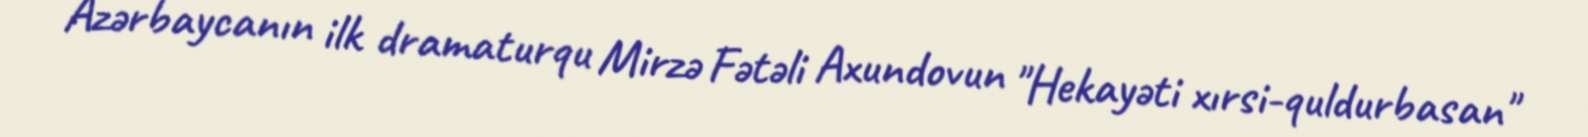
Azərbaycanın ilk dramaturqu Mirzə Fətəli Axundovun "Hekayəti xırsi-quldurbasan"